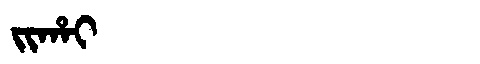
Manchu: ᠵᡳᡥᠠᡳ
Romanization: JIHAI